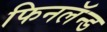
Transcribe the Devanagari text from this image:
फिनलॅन्ड